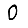
Digit: 0